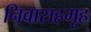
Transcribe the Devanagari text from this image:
निवासहगृह